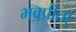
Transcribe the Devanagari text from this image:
भवप्रीता